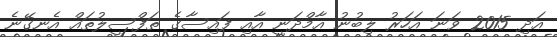
އަދި 2015 ވަނަ އަހަރު ލިބުނު އާމްދަނީ އާއި ފައިސާގެ ތަފްސީލުތައް އެނގޭނެ